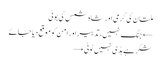
ملتان کی گرمی اور شاہ شمس کی بوٹی
← جنگ نہیں، تدبیر اور امن کو موقع دیا جائے
شکر ہے ہڈی نہیں ٹوٹی →